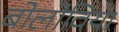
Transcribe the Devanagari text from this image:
बोलोविया